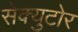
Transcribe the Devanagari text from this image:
सेक्युटोर